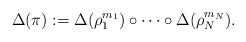
\begin{align*}\Delta(\pi) := \Delta(\rho_1^{m_1}) \circ\cdots \circ\Delta(\rho_N^{m_N}).\end{align*}